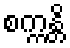
စက္ကန္တိ